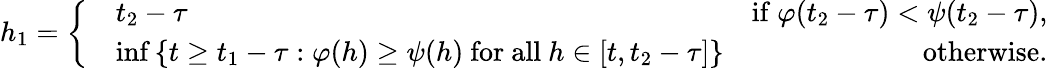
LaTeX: h_{1}=\left\{ \begin{array}{rlr}&{t_{2}-\tau}&{\mathrm{if~}\varphi(t_{2}-\tau)<\psi(t_{2}-\tau),}\\ &{\operatorname*{inf}\left\{ t\geq t_{1}-\tau:\varphi(h)\geq\psi(h)\mathrm{~for~all~}h\in[t,t_{2}-\tau]\right\} }&{\mathrm{otherwise.}}\end{array}\right.